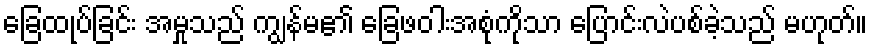
ခြေထုပ်ခြင်း အမှုသည် ကျွန်မ၏ ခြေဖဝါးအစုံကိုသာ ပြောင်းလဲပစ်ခဲ့သည် မဟုတ်။